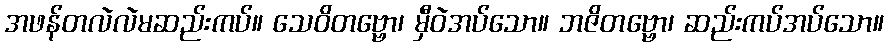
အဖန်တလဲလဲမဆည်းကပ်။ သေဝိတဗ္ဗော၊ မှီဝဲအပ်သော။ ဘဇိတဗ္ဗော၊ ဆည်းကပ်အပ်သော။